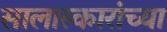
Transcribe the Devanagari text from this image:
सालास्कारांच्या